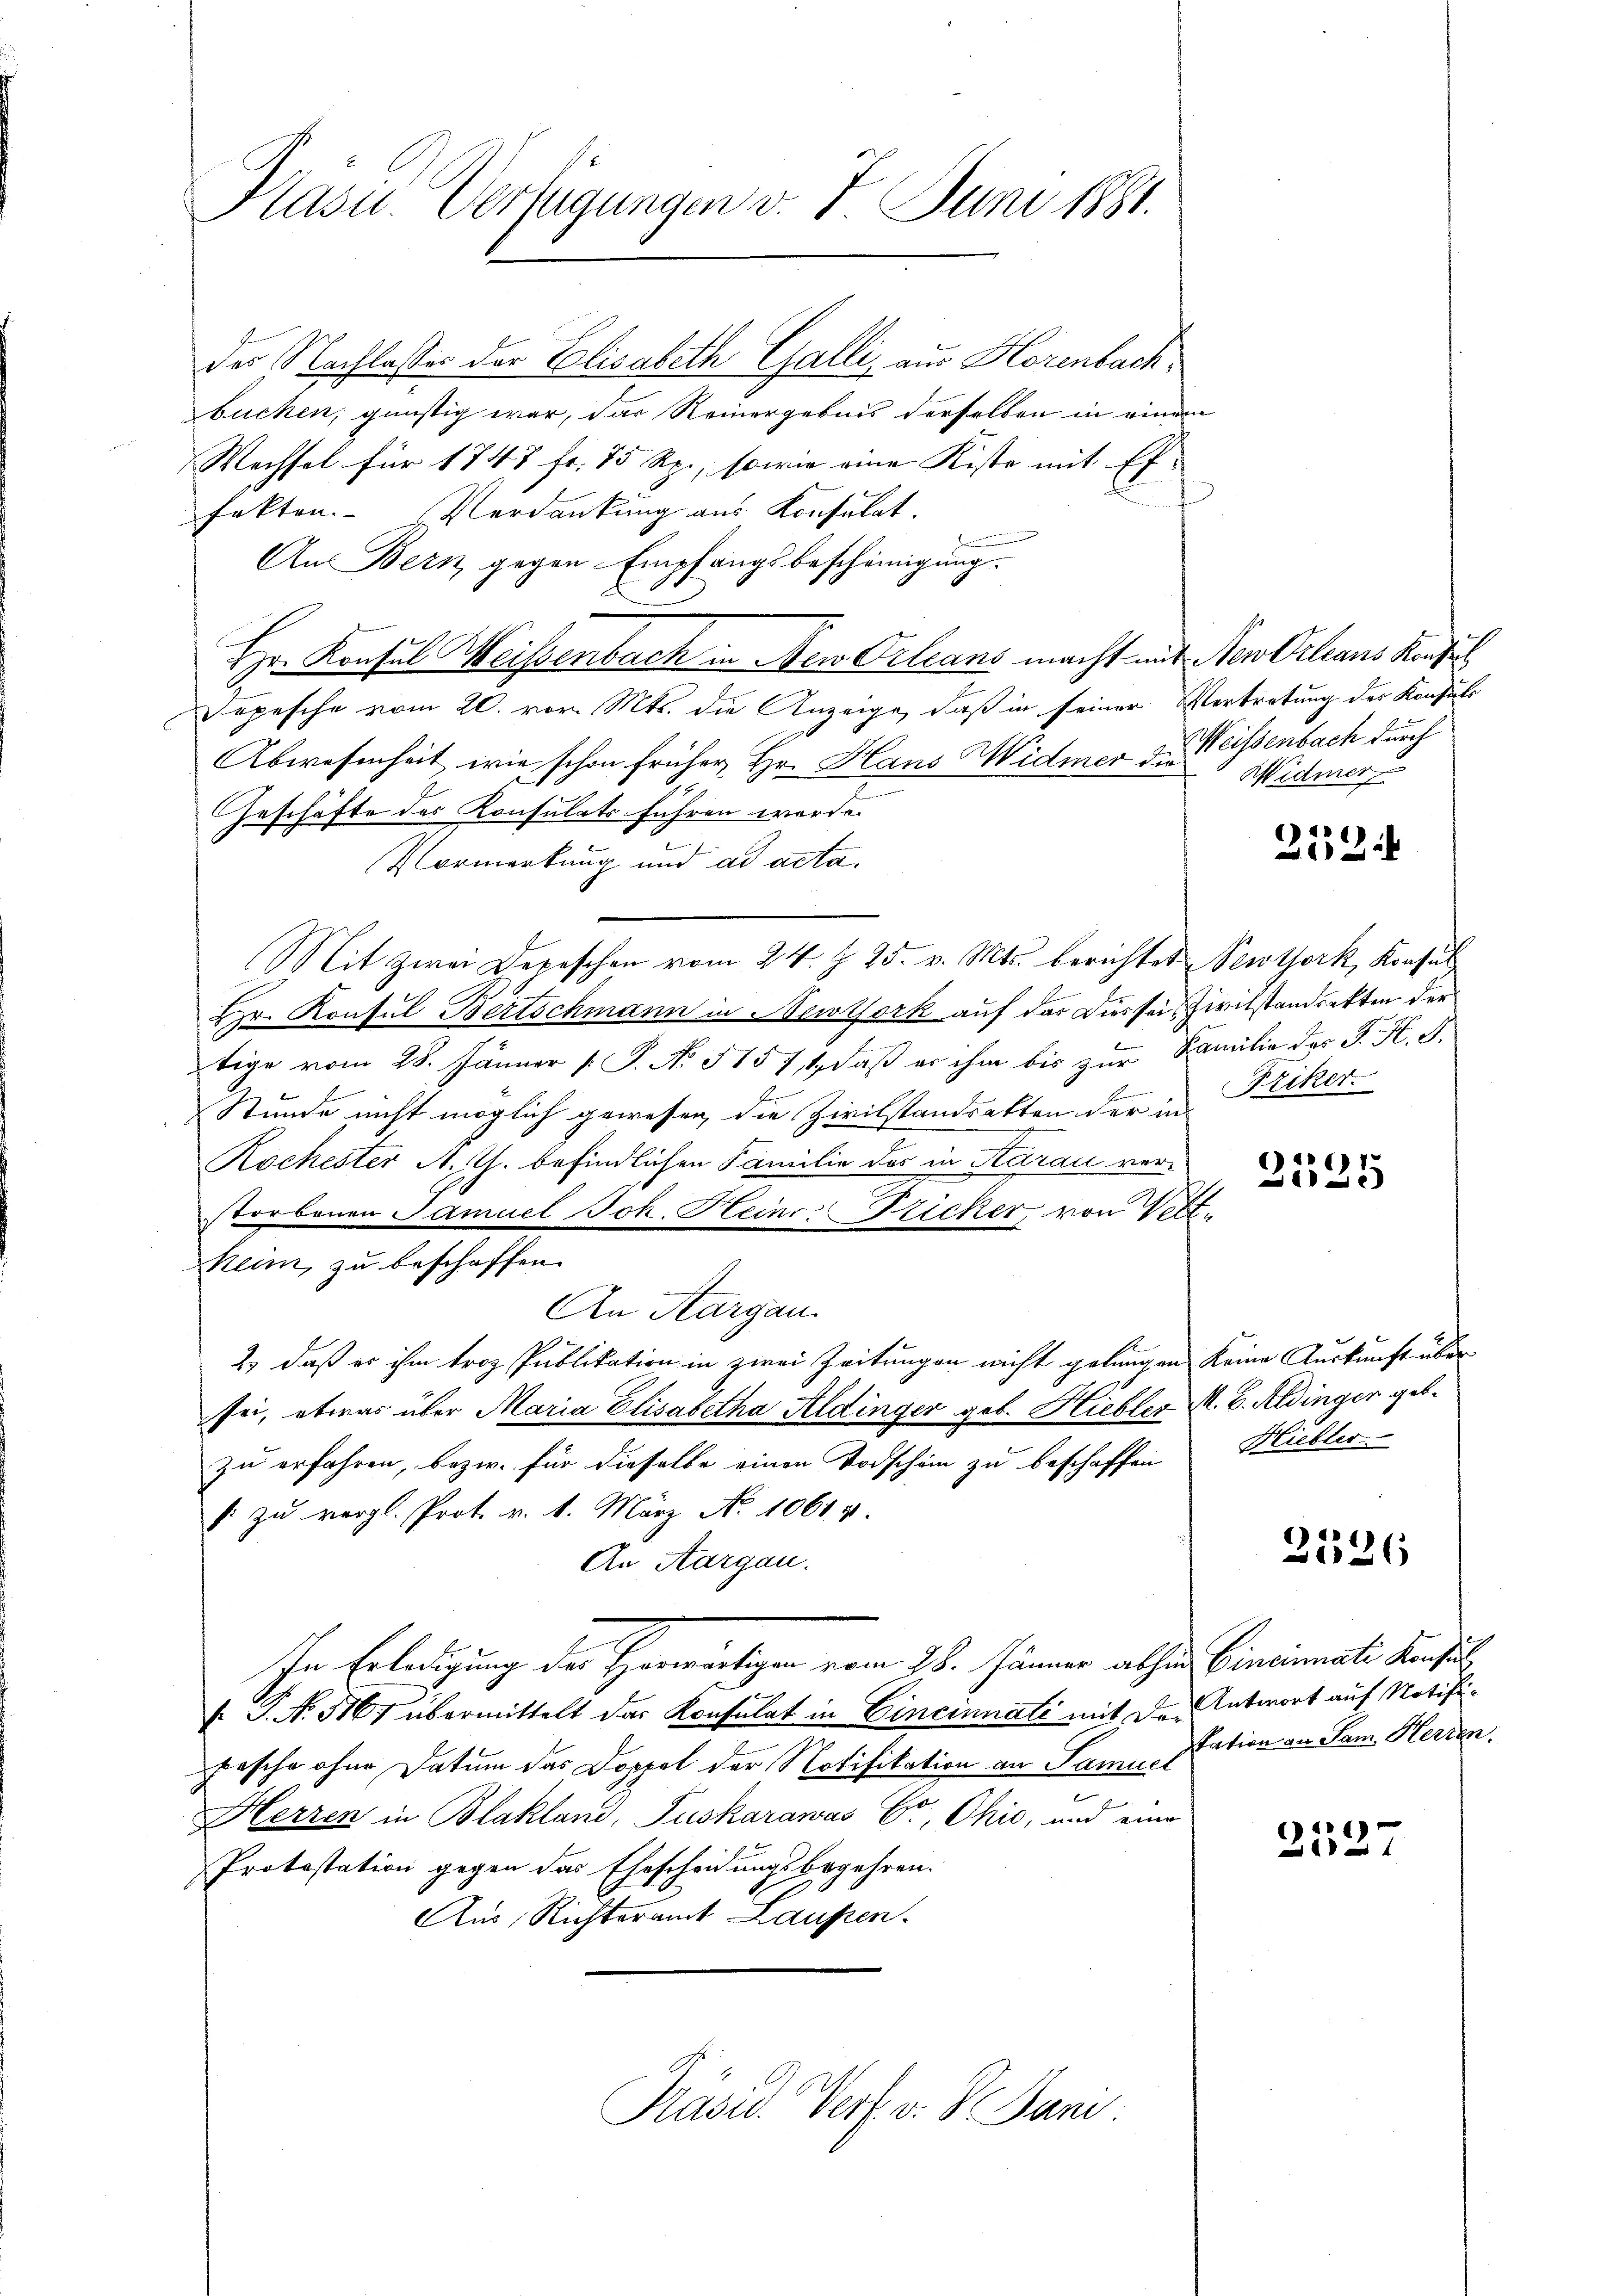
Kasu. Verfügungen v. 7. Juni 1881.

des Nachlasses der Elisabeth Galli, aus Horenbachbuchen, günstig war, das Reinergebnis derselben in einem
Wechsel für 1747 fr. 75 Rp., sowie eine Kiste mit Ex-
fakten. Verdankung aus Konsulat.
An Bern gegen Empfangsbescheinigung.
Hr. Konsul Weissenbach in New-Orleans macht mit den Orleans Konfus
Depesche vom 20. vor. Mts. die Anzeige, daß in seiner Vertretung des Konsuls
Abwesenheit, wie schon früher Hr. Hans Widmer d. Weissenbach durch
2
Geschäfte des Konsulats führen werde.
Vormerkung und ad acta.
Mit zwei Depeschen vom 24. Z. 25. v. Mts. berichtet Newtork, Konsul
Hr. Konsul Bertschmann in Newtork auf der Dies sein Zivilstandsakten der
tige vom 28. Jänner [ P. No. 5157, 1, daß er ihm bis zur Familie des P. K. A.
E
Stunde nicht möglich gewesen, die Zivilstandsatten der in
Kochester A. Th. befindlichen Familie des in Aarau verstorbenen Samuel Joh. Heine Fricker, von Veltheim zu beschaffen.
An Aargau.
2) daß er ihm troz Publikation in zwei Zeitungen nicht gelangen keine Auskunft über
sei, etwas über Maria Elisabetha Aldinger geb. Hiebler M. B. Aldinger geb.
zu erfahren, bezw. für dieselbe einen Todschein zu beschaffen Blickter
1 zu vergl. Prot. v. 1. März No 1061 v.
An Aargau.
In Erledigung der Herwärtigen vom 28. Jänner abhen Cincinati Konsul
e
f. P. N. 5167 übermittelt das Konsulat in Cincinnati mit der Antwort auf Notifi¬
Fasche ohne Datum das Doppel der Notifikation an Samuel
Herren in Blakland, Puskarawas Er, Ohio, und eine
Protestation gegen das Ehescheidungsbegehren.
Aus Richteramt Laufen.
Präsid. Verf. v. 8. Juni

Widmer

252.

Friker.

2525

2526

tation an Sam. Herren.

2527